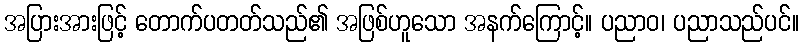
အပြားအားဖြင့် တောက်ပတတ်သည်၏ အဖြစ်ဟူသော အနက်ကြောင့်။ ပညာဝ၊ ပညာသည်ပင်။